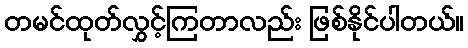
တမင်ထုတ်လွှင့်ကြတာလည်း ဖြစ်နိုင်ပါတယ်။